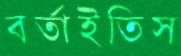
বর্তাইতিস